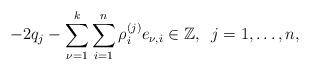
LaTeX: \begin{align*}-2q_j - \sum_{\nu=1}^k \sum_{i=1}^n\rho_i^{(j)}e_{\nu,i} \in \mathbb{Z}, \;\;j=1, \ldots, n,\end{align*}